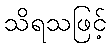
သိရသဖြင့်